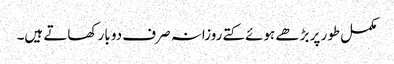
مکمل طور پر بڑھے ہوئے کتے روزانہ صرف دو بار کھاتے ہیں۔